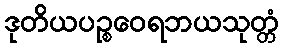
ဒုတိယပဉ္စဝေရဘယသုတ္တံ